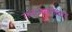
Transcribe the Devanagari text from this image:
समाजसत्तावाद